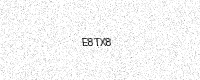
Text: E8TX8